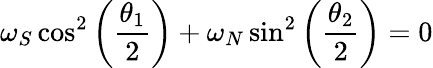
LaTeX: \omega_{S}\cos^{2}\left(\frac{\theta_{1}}{2}\right)+\omega_{N}\sin^{2}\left(\frac{\theta_{2}}{2}\right)=0